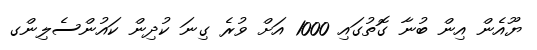
ޔޫއެން އިން ބުނާ ގޮތުގައި 1000 އަށް ވުރެ ގިނަ ކުދިން ކައުންސެލިންގ